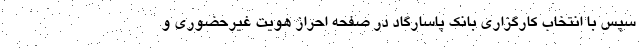
سپس با انتخاب کارگزاری بانک پاسارگاد در صفحه احراز هویت غیرحضوری و